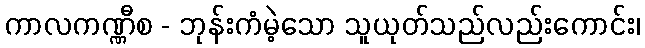
ကာလကဏ္ဏီစ - ဘုန်းကံမဲ့သော သူယုတ်သည်လည်းကောင်း၊